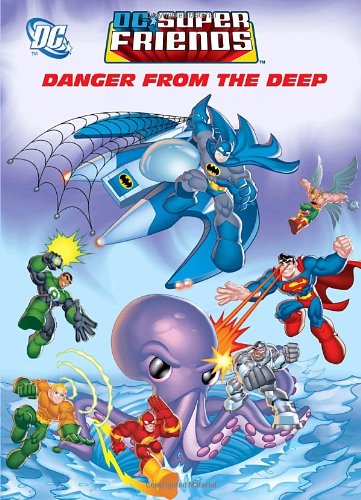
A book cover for Danger From the Deep (DC Super Friends) (Deluxe Coloring Book); Golden Books; Children's Books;